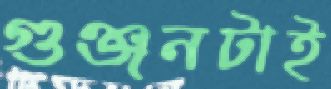
গুঞ্জনটাই